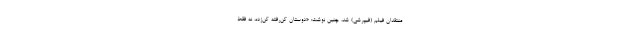
منتقدان فیلم (فیپرشی) شد، چنین نوشت: «دوستان کن‌رفته کن‌زده، نه فقط